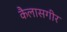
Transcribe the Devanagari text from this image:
कैलासगीर